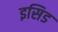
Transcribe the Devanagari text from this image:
इसिड